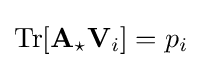
\mathrm {Tr} [\mathbf {A} _{\star }\mathbf {V} _{i}]=p_{i}